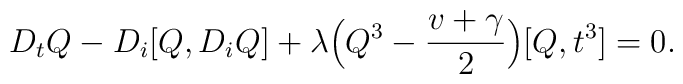
D_tQ-D_i[Q,D_iQ]+{\lambda}\Big(Q^3-\frac{v+\gamma}{2}\Big)[Q,t^{3}]=0.